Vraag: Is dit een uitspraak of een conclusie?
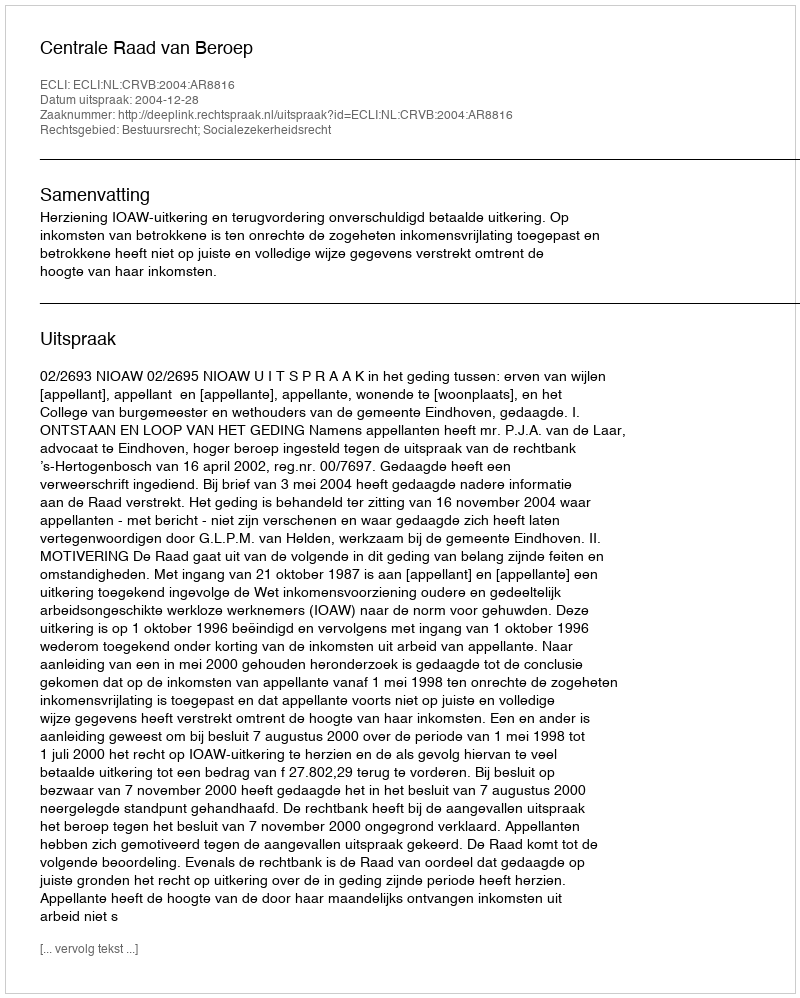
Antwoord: Uitspraak